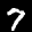
Label: 7